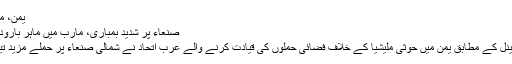
یمن، معاھدہ، مذاکرات
صنعاء پر شدید بمباری، مارب میں ماہر بارودی سرنگ ہلاک
‘العربیہ’ نیوز چینل کے مطابق یمن میں حوثی ملیشیا کے خلاف فضائی حملوں کی قیادت کرنے والے عرب اتحاد نے شمالی صنعاء پر حملے مزید تیز کر دیئے ہیں۔